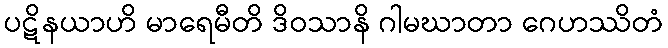
ပဋိနယာဟိ မာရေမီတိ ဒိဝသာနိ ဂါမဃာတာ ဂေဟဿိတံ